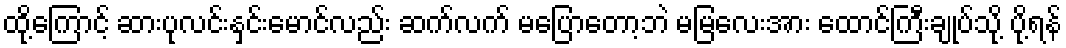
ထို့ကြောင့် ဆားပုလင်းနှင်းမောင်လည်း ဆက်လက် မပြောတော့ဘဲ မမြလေးအား ထောင်ကြီးချုပ်သို့ ပို့ရန်